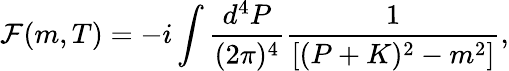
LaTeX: {\cal F}(m,T)=-i\int\frac{d^{4}P}{(2\pi)^{4}}\frac{1}{[(P+K)^{2}-m^{2}]},